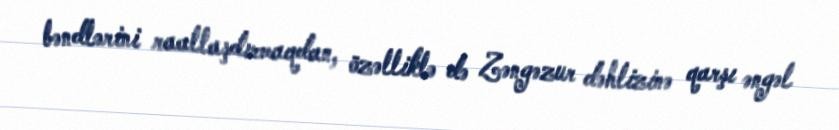
bəndlərini raallaşdırmaqdan, özəlliklə də Zəngəzur dəhlizinə qarşı əngəl